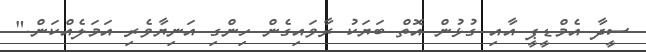
ސީދާ އެމްޑީޕީ އާއި ގުޅުން އޮތް ބަޔަކު ރާވައިގެން ހިންގި އަނިޔާވެރި އަމަލެއްކަން."